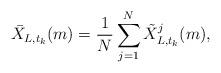
LaTeX: \begin{align*} \bar{X}_{L,t_{k}}(m)=\frac{1}{N}\sum^{N}_{j=1}\tilde{X}_{L,t_{k}}^{j}(m),\end{align*}